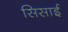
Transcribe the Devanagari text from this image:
सिसाई